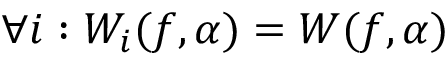
\forall i : W _ { i } ( f , \alpha ) = W ( f , \alpha )